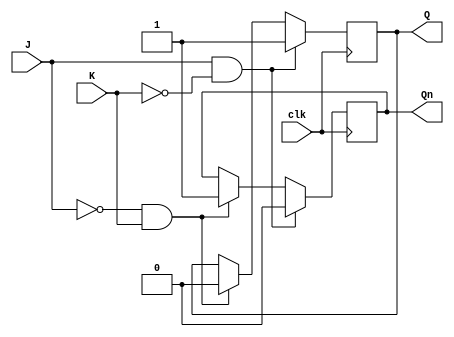
module jk_ff_negedge (
    input wire J,
    input wire K,
    input wire clk,
    output reg Q,
    output reg Qn
);

reg Q_next;
reg Qn_next;

always @(negedge clk) begin
    if (J & ~K) begin
        Q_next = 1'b1;
        Qn_next = 1'b0;
    end
    else if (~J & K) begin
        Q_next = 1'b0;
        Qn_next = 1'b1;
    end
    else if (J & K) begin
        Q_next = Q;
        Qn_next = Qn;
    end
    else begin // Do nothing when both inputs are low
        Q_next = Q;
        Qn_next = Qn;
    end
end

assign Q = Q_next;
assign Qn = Qn_next;

endmodule